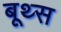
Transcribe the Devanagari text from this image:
बूथ्स